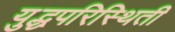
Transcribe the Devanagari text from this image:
युद्धपरिस्थिती